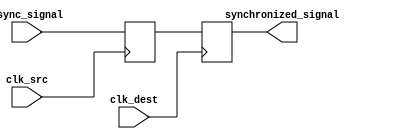
module dual_flip_flop_synchronizer (
    input wire clk_src,           // Source clock
    input wire clk_dest,          // Destination clock
    input wire async_signal,       // Asynchronous input signal
    output reg synchronized_signal  // Synchronized output signal
);

    // Internal signal to hold the output of the first flip-flop
    reg ff1_out;

    // First Flip-Flop: clocked by the source clock
    always @(posedge clk_src) begin
        ff1_out <= async_signal;  // Sample the asynchronous signal
    end

    // Second Flip-Flop: clocked by the destination clock
    always @(posedge clk_dest) begin
        synchronized_signal <= ff1_out;  // Transfer the output of the first flip-flop
    end

endmodule